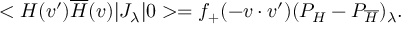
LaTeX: < H ( v ^ { \prime } ) \overline { { H } } ( v ) | J _ { \lambda } | 0 > = f _ { + } ( - v \cdot v ^ { \prime } ) ( P _ { H } - P _ { \overline { { H } } } ) _ { \lambda } .